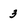
Character: 3